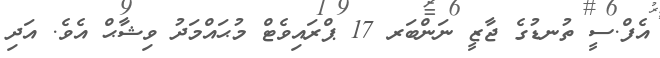
އެފް.ސީ ތުނޑުގެ ޖާޒީ ނަންބަރ 17 ޕްރައިވެޓް މުޙައްމަދު ވިޝާޙް އެވެ. އަދި